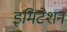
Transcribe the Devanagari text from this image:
इमिटेशन